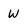
Character: W